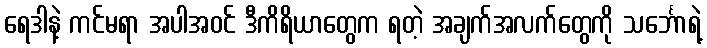
ရေဒါနဲ့ ကင်မရာ အပါအဝင် ဒီကိရိယာတွေက ရတဲ့ အချက်အလက်တွေကို သင်္ဘောရဲ့